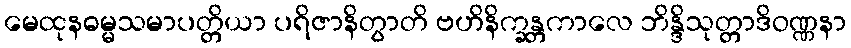
မေထုနဓမ္မသမာပတ္တိယာ ပရိဇာနိတွာတိ ဗဟိနိက္ခန္တကာလေ ဘိန္ဒိသုတ္တာဒိဝဏ္ဏနာ